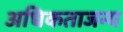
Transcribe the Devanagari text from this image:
अधिकताजन्य